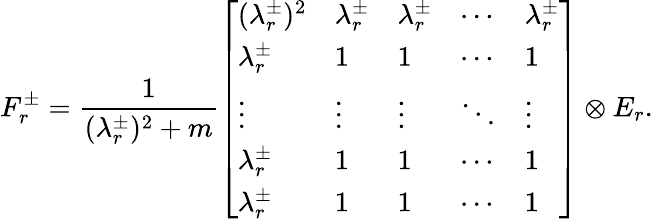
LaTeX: F_{r}^{\pm}=\frac{1}{(\lambda_{r}^{\pm})^{2}+m}\left[\begin{array}{lllll}{(\lambda_{r}^{\pm})^{2}}&{\lambda_{r}^{\pm}}&{\lambda_{r}^{\pm}}&{\cdots}&{\lambda_{r}^{\pm}}\\ {\lambda_{r}^{\pm}}&{1}&{1}&{\cdots}&{1}\\ {\vdots}&{\vdots}&{\vdots}&{\ddots}&{\vdots}\\ {\lambda_{r}^{\pm}}&{1}&{1}&{\cdots}&{1}\\ {\lambda_{r}^{\pm}}&{1}&{1}&{\cdots}&{1}\end{array}\right]\otimes E_{r}.